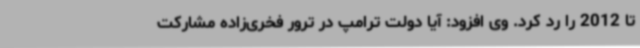
تا 2012 را رد کرد. وی افزود: آیا دولت ترامپ در ترور فخری‌زاده مشارکت